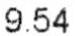
9.54